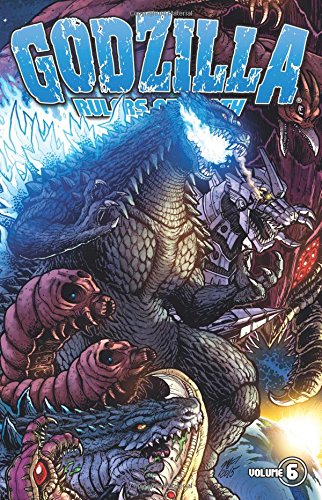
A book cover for Godzilla: Rulers of Earth Volume 6 (Godzilla Rulers of Earth Tp); Chris Mowry; Comics & Graphic Novels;